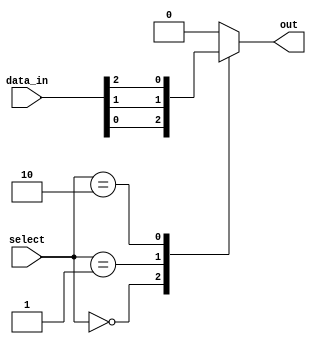
module mux512_1 (
  input [511:0] data_in,
  input [8:0] select,
  output reg out
);

always @(*) begin
  case (select)
    9'b000000000: out = data_in[0];
    9'b000000001: out = data_in[1];
    9'b000000010: out = data_in[2];
    // Continue with all 512 cases
    default: out = 1'b0; // Default case if select signal does not match any of the cases
  endcase
end

endmodule